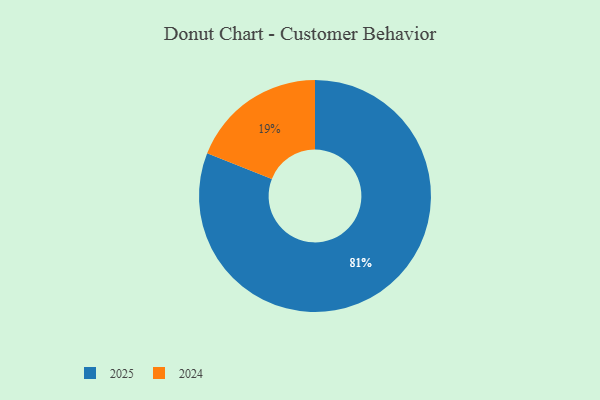
{"axis": {"x": "Category", "y": "Percentage"}, "legend": ["2024", "2025"], "data": [{"x": "2025", "y": 81, "type": "2025"}, {"x": "2024", "y": 19, "type": "2024"}]}